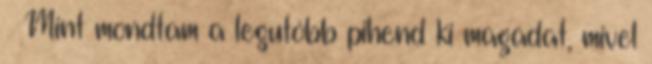
– Mint mondtam a legutóbb pihend ki magadat, mivel